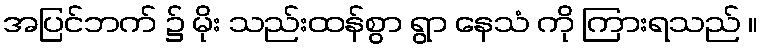
အပြင်ဘက် ၌ မိုး သည်းထန်စွာ ရွာ နေသံ ကို ကြားရသည် ။